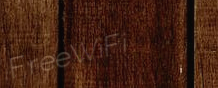
FreeWiFi